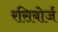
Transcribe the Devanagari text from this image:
रसिबोर्ज